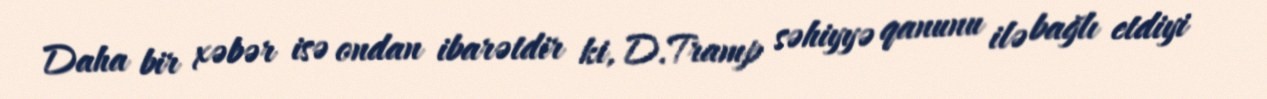
Daha bir xəbər isə ondan ibarətdir ki, D.Tramp səhiyyə qanunu ilə bağlı etdiyi